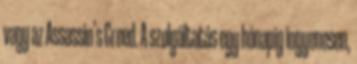
vagy az Assassin’s Creed. A szolgáltatás egy hónapig ingyenesen,